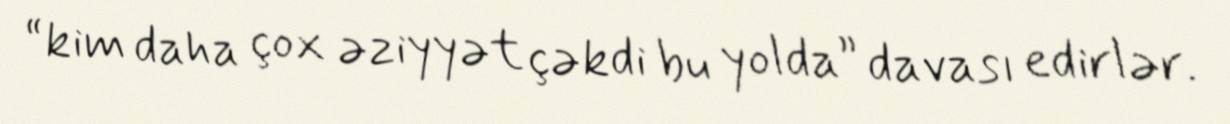
“kim daha çox əziyyət çəkdi bu yolda” davası edirlər.